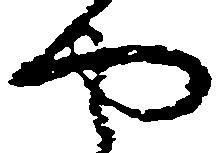
や